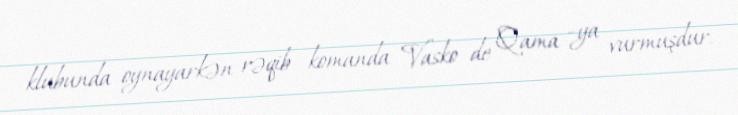
klubunda oynayarkən rəqib komanda Vasko de Qama –ya vurmuşdur.